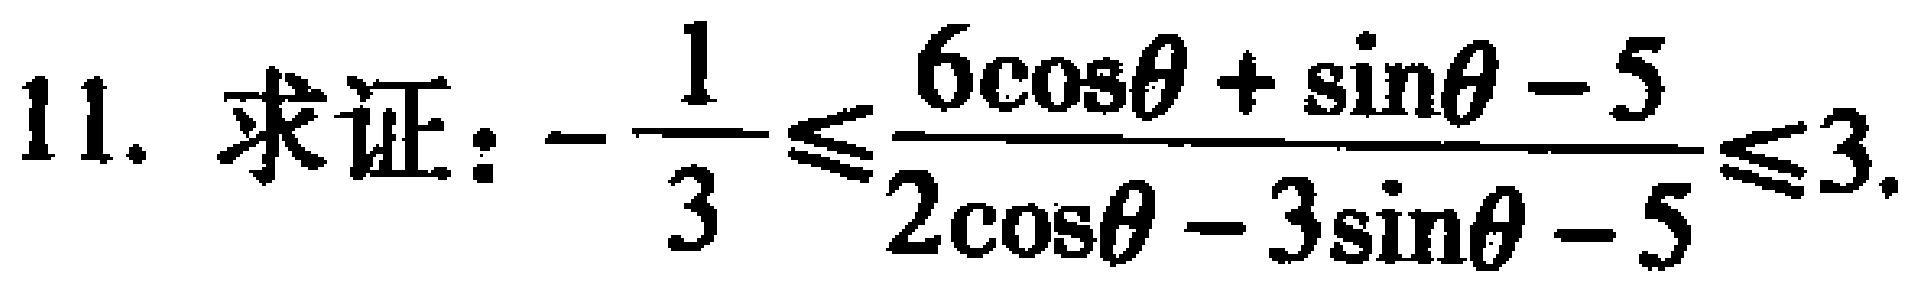
11. 求证：\(-\frac{1}{3}\leqslant\frac{6\cos\theta + \sin\theta - 5}{2\cos\theta - 3\sin\theta - 5}\leqslant3\)